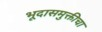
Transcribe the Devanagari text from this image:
भूदासमुक्तीचा